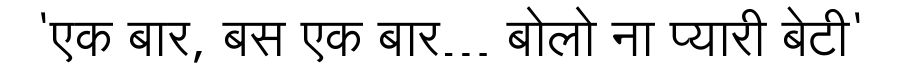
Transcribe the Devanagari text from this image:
'एक बार, बस एक बार… बोलो ना प्यारी बेटी'